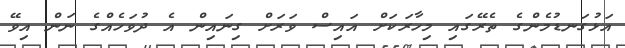
އަޅުގަނޑުމެންގެ ތެރޭގައި މިހާރަކަށް އައިސް ވަރަށް ގިނައިން އެ ދުވަހެއްގެ ނަން އިވޭ